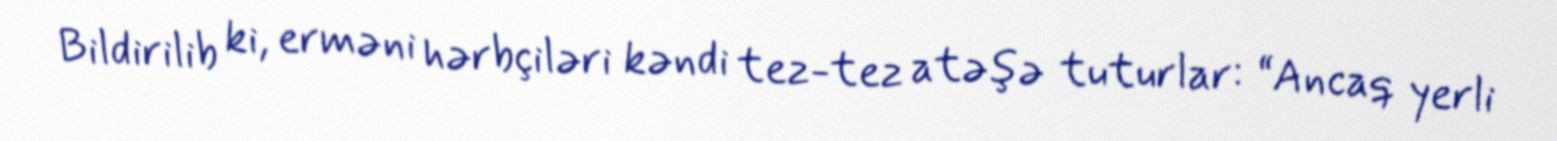
Bildirilib ki, erməni hərbçiləri kəndi tez-tez atəşə tuturlar: “Ancaq yerli